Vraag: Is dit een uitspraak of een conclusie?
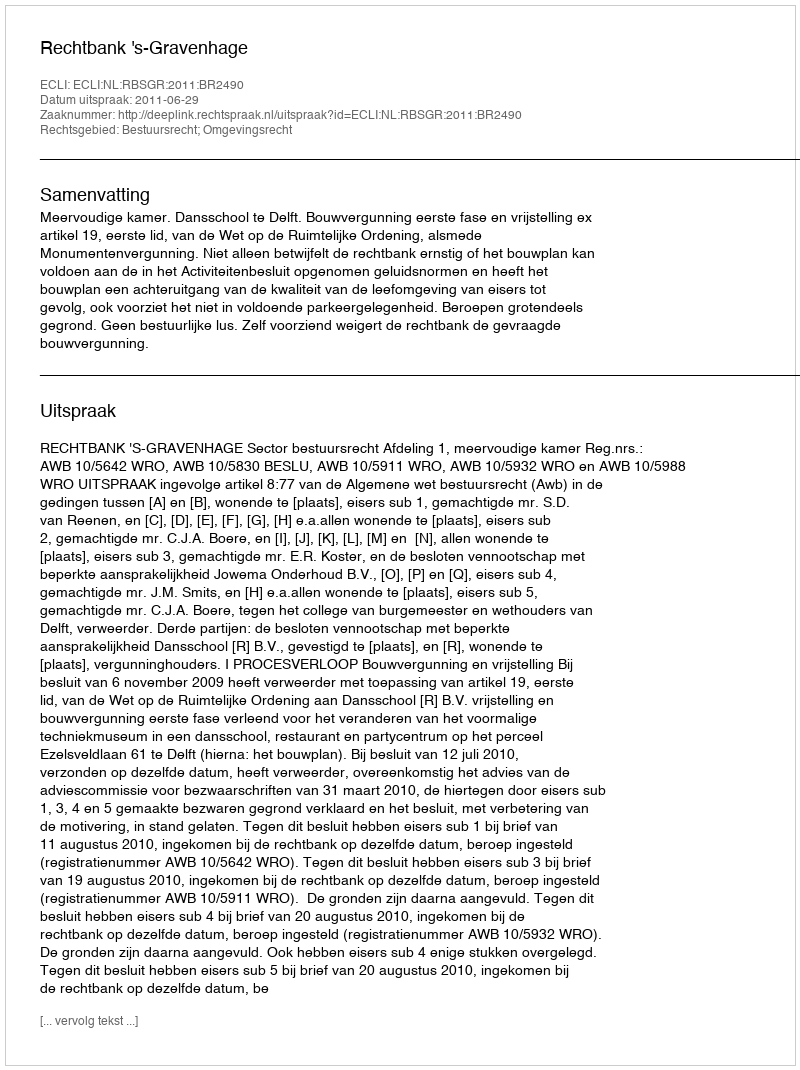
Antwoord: Uitspraak